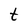
Character: t